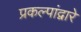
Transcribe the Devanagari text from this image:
प्रकल्पांद्वारे